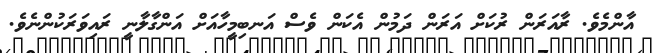
އާންމެވެ. ރާއަރަން ރުކަށް އަރަން ދަމުން އެކަން ވެސް އަނބިމީހާއަށް އަންގާލާނީ ރައިވަރަކުންނެވެ.